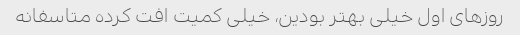
روزهای اول خیلی بهتر بودین، خیلی کمیت افت کرده متاسفانه